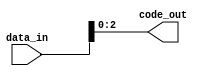
module encoder (
    input [N-1:0] data_in,
    output [M-1:0] code_out
);

parameter N = 4; // Number of input pins
parameter M = 3; // Number of output pins

// Encoding algorithm: Simple binary encoding
assign code_out[0] = data_in[0];
assign code_out[1] = data_in[1];
assign code_out[2] = data_in[2];

endmodule